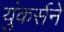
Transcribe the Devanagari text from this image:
युंकर्सने